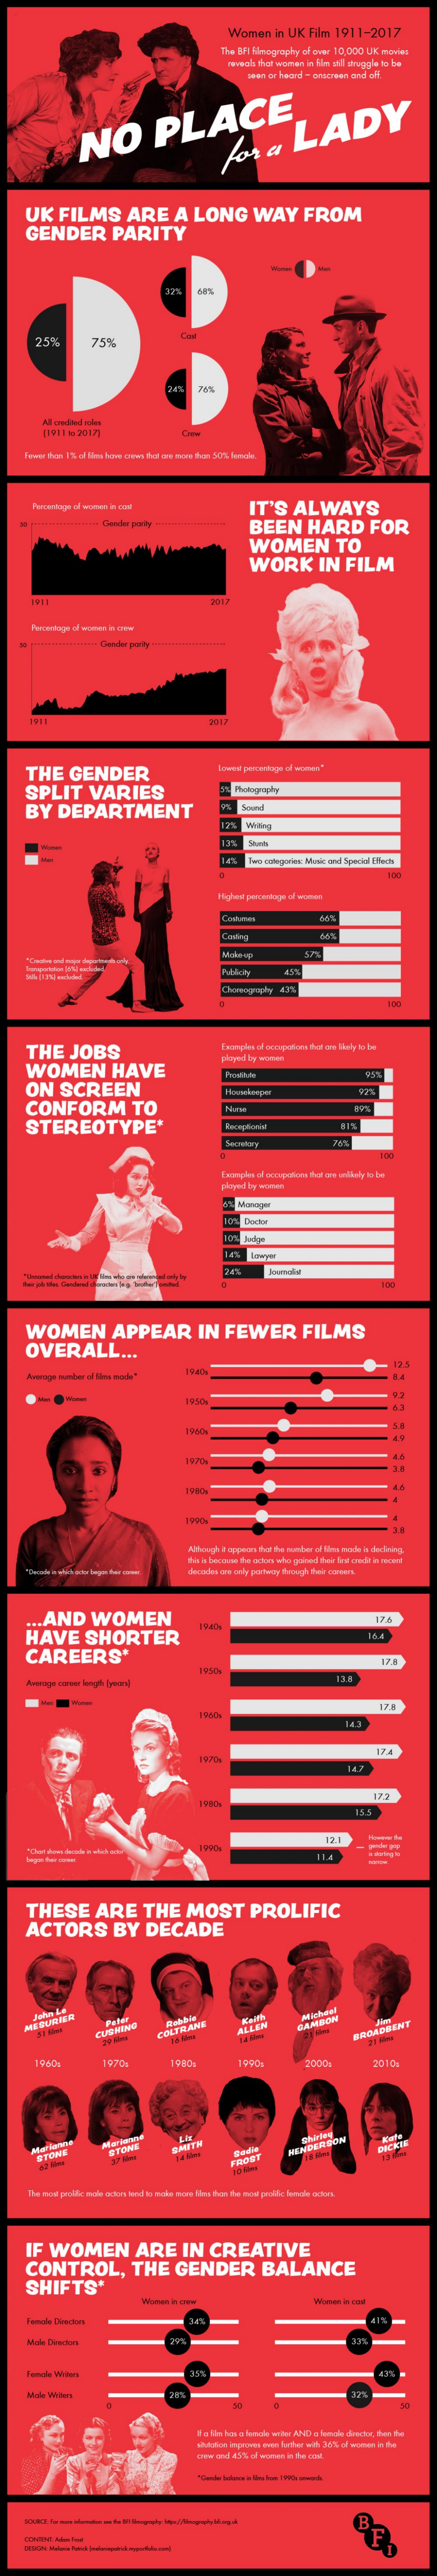
Women    in UK  Film   1911-2017
     The  BRI Filmography of over 10,000 UK  movies
     wwwwah thot women  in film still struggle to be
     sean or heard - onscreen and off.
     NO    PLACE
     for    a    LADY
     UK    FILMS    ARE    A    LONG    WAY    FROM
     GENDER    PARITY
     32%    58%
     25%    75%
     All csodited noles
     [1911 10 2017)
     Percentage of women in cer    IT'S    ALWAYS
     BEEN    HARD    FOR
     WOMEN    TO
     WORK    IN    FILM
     1911    2017
     Gender poury
     2017
     THE    GENDER    Lowest percentage of women"
     SPLIT    VARIES
     BY    DEPARTMENT
     Cating
     Makeup
     Conogopty    43%
     THE    JOBS    Examples of occupation that are Hely to be
     WOMEN    HAVE
     paryed by womes
     ON    SCREEN    92%
     CONFORM    TO
     STEREOTYPE*
     WOMEN    APPEAR    IN    FEWER    FILMS
     OVERALL    ...
     1940%
     12.5
     1990
     Although al appears then the member of lins mode is declining.
     decades oso cely portacry though their careers.
     AND    WOMEN
     HAVE    SHORTER
     CAREERS*    121
     1980
     12.1
     THESE    ARE    THE    MOST    PROLIFIC
     ACTORS    BY    DECADE
     MESUTLIER    Peter
     CUSHING    COLTRANE    ALLEN    GAMBON    BROADBENT
     1970+    1990%    2000    2010
     STONE    SMITH    HENDERSON
     FRONT
     10 kms
     The most prolific mole actor wind to maks mors files than the most prolific female orfort.
     IF   WOMEN    ARE    IN    CREATIVE
     CONTROL,    THE    GENDER    BALANCE
     SHIFTS*
     Female Desdon    34%
     Main Durchgrs
     Female Wir itens
     It a file bas a funcke writer AND a female desdor, then the
     whatalice ipreven aren further with 36it, of women in the
     Chin and a:5% of women in the sae.